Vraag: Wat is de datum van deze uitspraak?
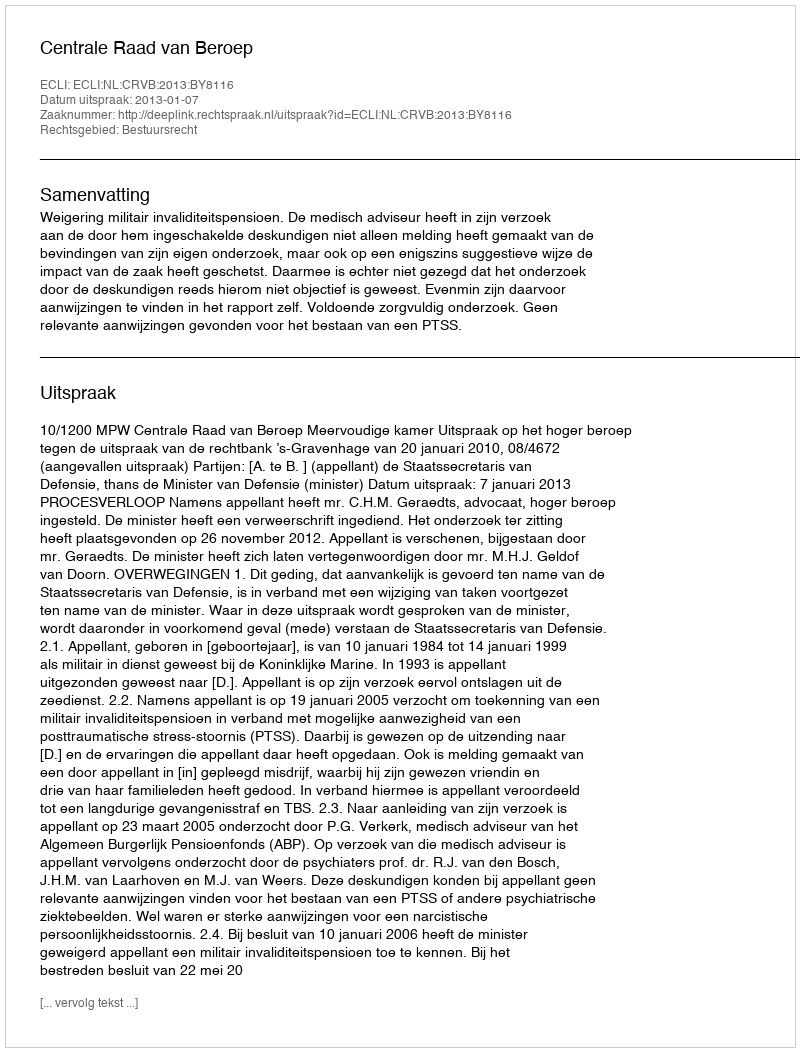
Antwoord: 2013-01-07